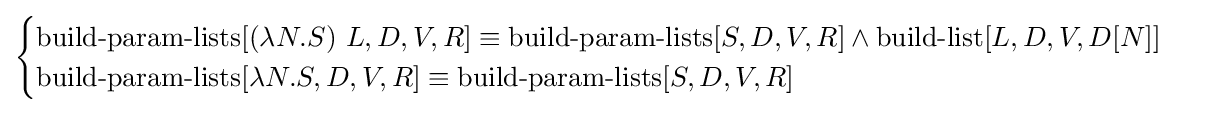
{\begin{cases}\operatorname {build-param-lists} [(\lambda N.S)\ L,D,V,R]\equiv \operatorname {build-param-lists} [S,D,V,R]\land \operatorname {build-list} [L,D,V,D[N]]\\\operatorname {build-param-lists} [\lambda N.S,D,V,R]\equiv \operatorname {build-param-lists} [S,D,V,R]\end{cases}}